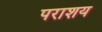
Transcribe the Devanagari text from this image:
पराशय